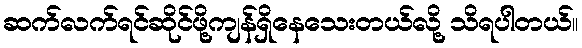
ဆက်လက်ရင်ဆိုင်ဖို့ကျန်ရှိနေသေးတယ်လို့ သိရပါတယ်။